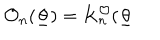
\mathcal { O } _ { n } ( \underline { { { \theta } } } ) = K _ { n } ^ { \mathcal { O } } ( \underline { { { \theta } } }